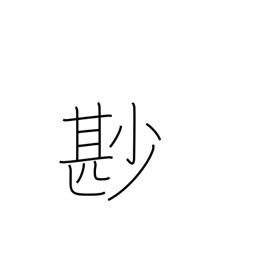
Meaning: not a little